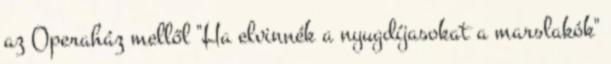
az Operaház mellől "Ha elvinnék a nyugdíjasokat a marslakók"